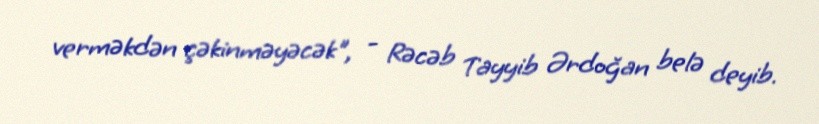
verməkdən çəkinməyəcək", - Rəcəb Tayyib Ərdoğan belə deyib.